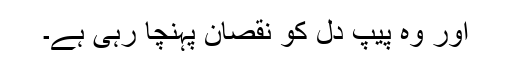
اور وہ پیپ دل کو نقصان پہنچا رہی ہے۔